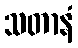
သတာနံ